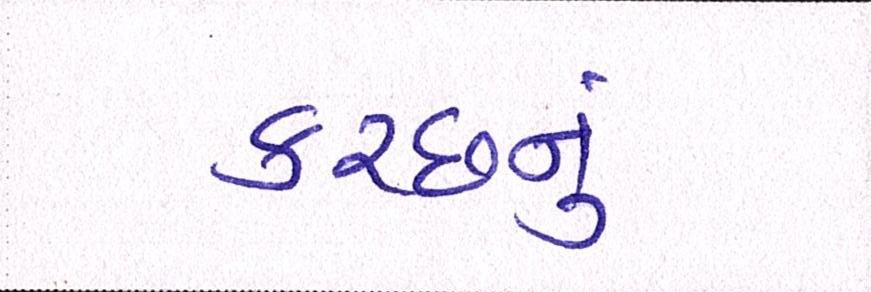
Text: કચ્છનું